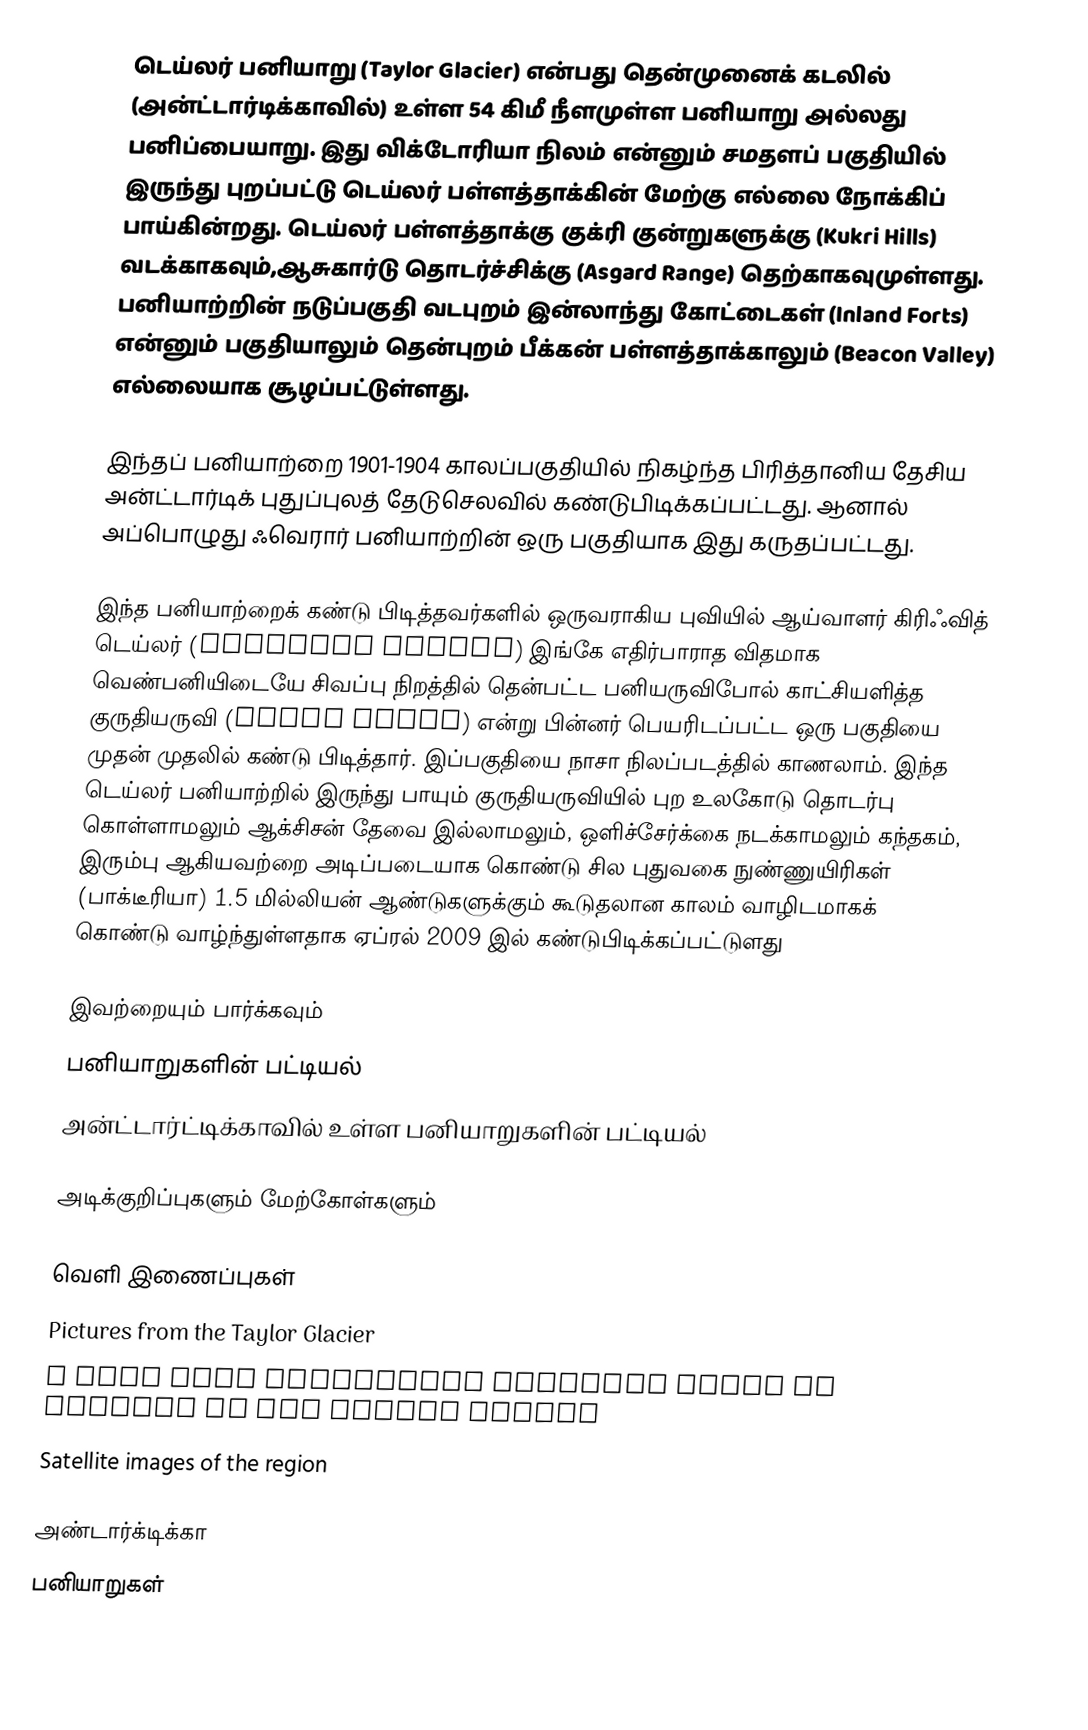
டெய்லர் பனியாறு (Taylor Glacier) என்பது தென்முனைக் கடலில் (அன்ட்டார்டிக்காவில்) உள்ள 54 கிமீ நீளமுள்ள பனியாறு அல்லது பனிப்பையாறு. இது விக்டோரியா நிலம் என்னும் சமதளப் பகுதியில் இருந்து புறப்பட்டு டெய்லர் பள்ளத்தாக்கின் மேற்கு எல்லை நோக்கிப் பாய்கின்றது. டெய்லர் பள்ளத்தாக்கு குக்ரி குன்றுகளுக்கு (Kukri Hills) வடக்காகவும்,ஆசுகார்டு தொடர்ச்சிக்கு (Asgard Range) தெற்காகவுமுள்ளது. பனியாற்றின் நடுப்பகுதி வடபுறம் இன்லாந்து கோட்டைகள் (Inland Forts) என்னும் பகுதியாலும் தென்புறம்  பீக்கன் பள்ளத்தாக்காலும் (Beacon Valley) எல்லையாக சூழப்பட்டுள்ளது.

இந்தப் பனியாற்றை 1901-1904 காலப்பகுதியில் நிகழ்ந்த பிரித்தானிய தேசிய அன்ட்டார்டிக் புதுப்புலத் தேடுசெலவில் கண்டுபிடிக்கப்பட்டது. ஆனால் அப்பொழுது ஃவெரார் பனியாற்றின் ஒரு பகுதியாக இது கருதப்பட்டது.

இந்த பனியாற்றைக் கண்டு பிடித்தவர்களில் ஒருவராகிய புவியில் ஆய்வாளர் கிரிஃவித் டெய்லர் (Griffith Taylor) இங்கே எதிர்பாராத விதமாக வெண்பனியிடையே சிவப்பு நிறத்தில் தென்பட்ட பனியருவிபோல் காட்சியளித்த குருதியருவி (Blood Falls) என்று பின்னர் பெயரிடப்பட்ட ஒரு பகுதியை முதன் முதலில் கண்டு பிடித்தார். இப்பகுதியை நாசா நிலப்படத்தில் காணலாம். இந்த டெய்லர் பனியாற்றில் இருந்து பாயும் குருதியருவியில் புற உலகோடு தொடர்பு கொள்ளாமலும் ஆக்சிசன் தேவை இல்லாமலும், ஒளிச்சேர்க்கை நடக்காமலும் கந்தகம், இரும்பு ஆகியவற்றை அடிப்படையாக கொண்டு சில புதுவகை நுண்ணுயிரிகள் (பாக்டீரியா) 1.5 மில்லியன் ஆண்டுகளுக்கும் கூடுதலான காலம் வாழிடமாகக் கொண்டு வாழ்ந்துள்ளதாக ஏப்ரல் 2009 இல்  கண்டுபிடிக்கப்பட்டுளது

இவற்றையும் பார்க்கவும்
 பனியாறுகளின் பட்டியல்
 அன்ட்டார்ட்டிக்காவில் உள்ள பனியாறுகளின் பட்டியல்

அடிக்குறிப்புகளும் மேற்கோள்களும்

வெளி இணைப்புகள்
Pictures from the Taylor Glacier
A Long Term Ecological Research  group is working in the Taylor Valley
Satellite images of the region

அண்டார்க்டிக்கா
பனியாறுகள்